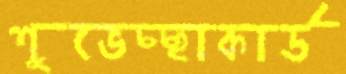
শুভেচ্ছাকার্ড